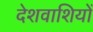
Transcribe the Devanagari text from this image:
देशवाशियों